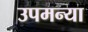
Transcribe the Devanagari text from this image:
उपमन्या